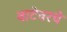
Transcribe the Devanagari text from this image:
वाटेवरचे